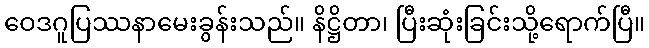
ဝေဒဂူပြဿနာမေးခွန်းသည်။ နိဋ္ဌိတာ၊ ပြီးဆုံးခြင်းသို့ရောက်ပြီ။